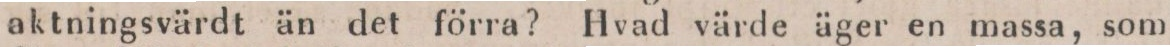
aktningsvärdt än det förra? Hvad värde äger en massa, som